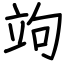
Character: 竘